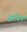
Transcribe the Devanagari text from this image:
साबिका